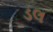
ડલ